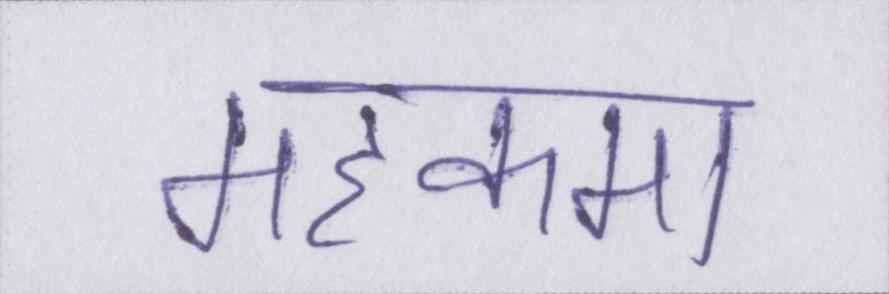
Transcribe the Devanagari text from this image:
महकमा